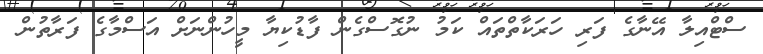
ސްޓްއިލާ އޭނާގެ ފަރި ހަރަކާތްތައް ކަމު ނުގޮސްގެން ފާޑުކިޔާ މީހުންނަށް އަސްމާގެ ފަރާތުން